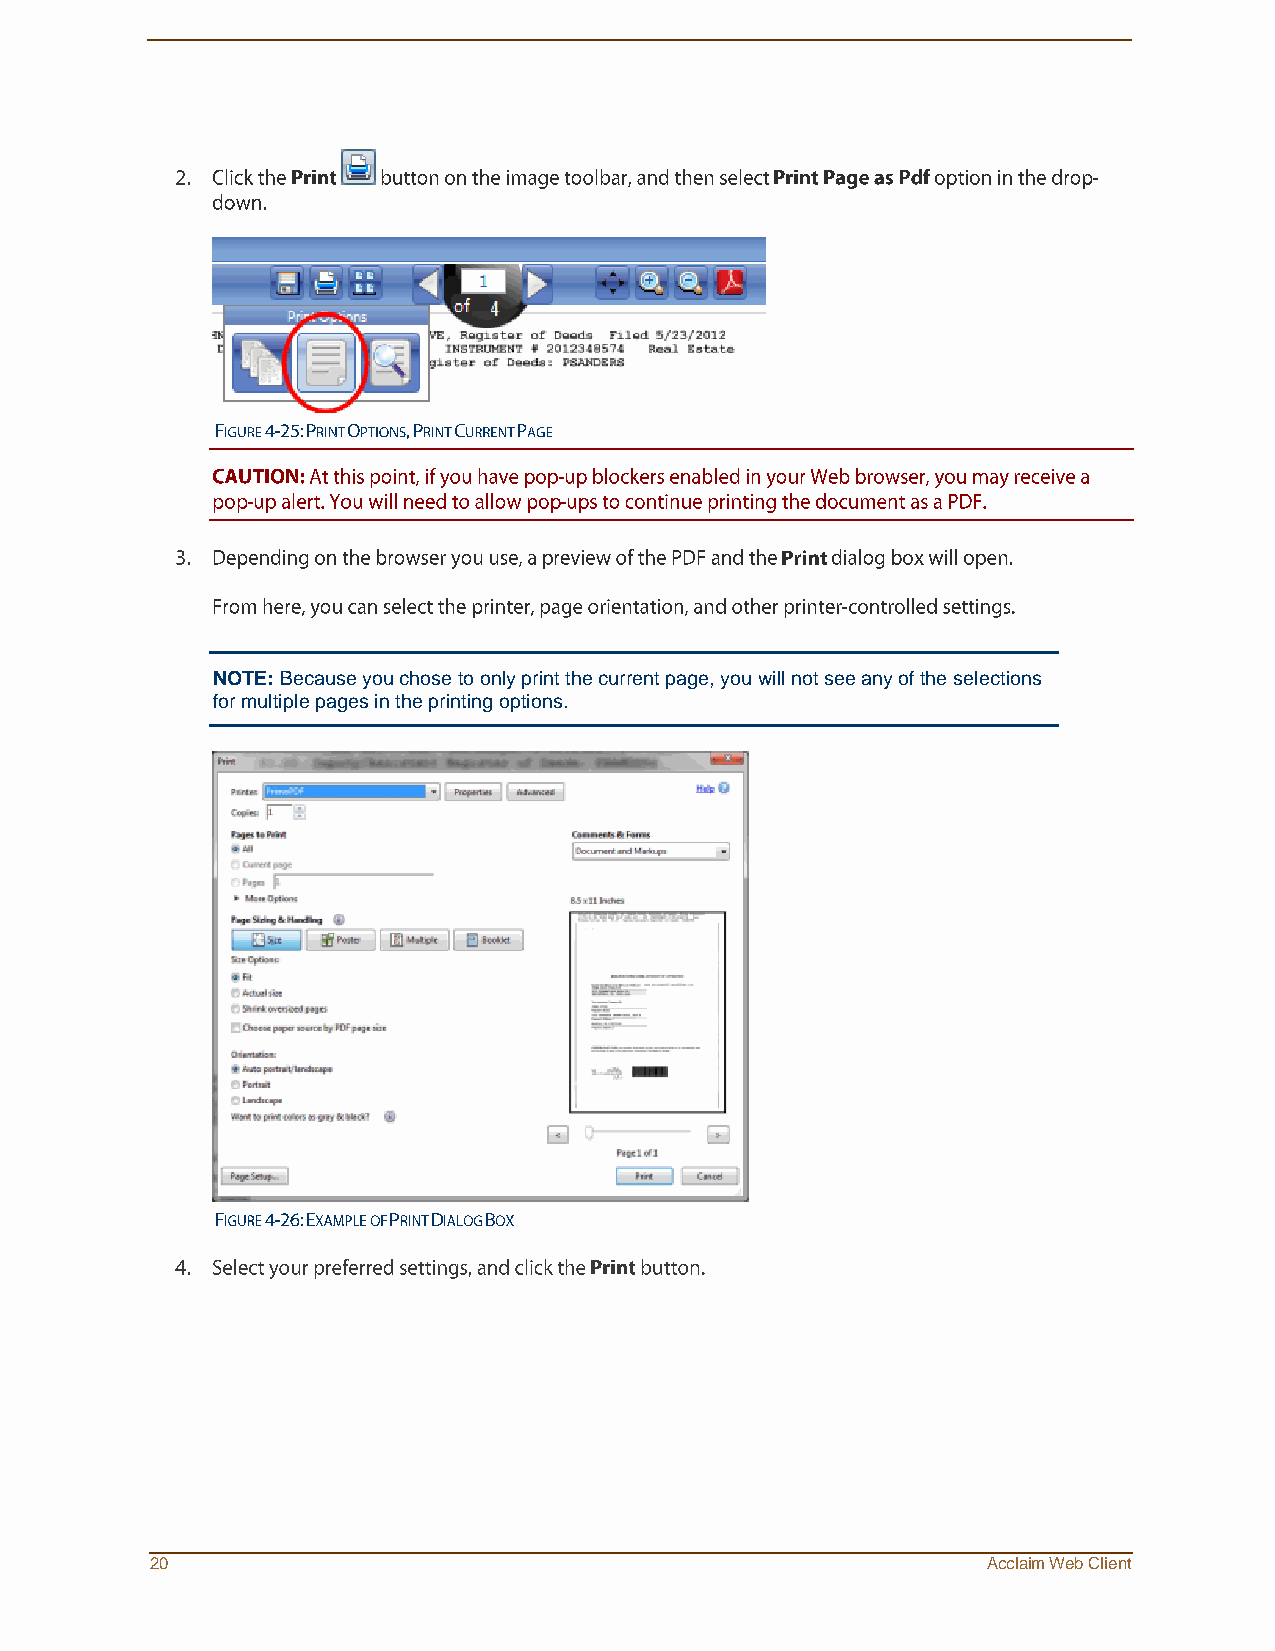
NOTE: Because you chose to only print the current page, you will not see any of the selections
 for multiple pages in the printing options.
 20                                                     Acclaim Web Client